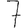
Digit: 7